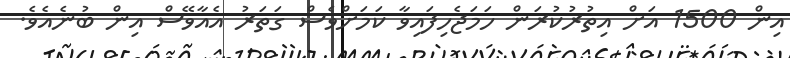
އިން 1500 އަށް އިތުރުކުރަން ހަމަޖެހިފައިވާ ކަމަށްވެސް ގަތަރު އެއާވޭސް އިން ބުނެއެވެ.